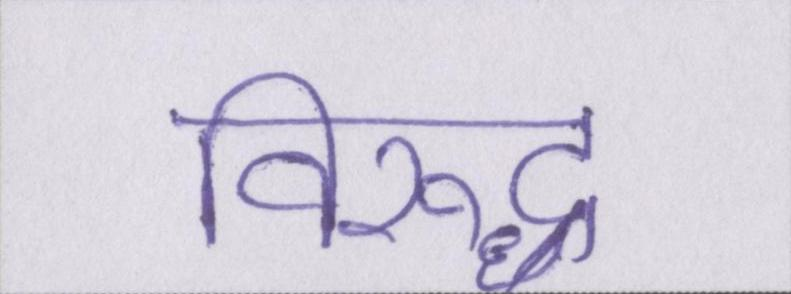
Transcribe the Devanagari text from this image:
विरूद्ध